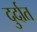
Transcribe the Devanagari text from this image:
दुर्दात